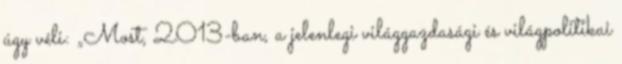
úgy véli: „Most, 2013-ban, a jelenlegi világgazdasági és világpolitikai